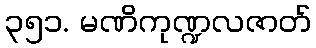
၃၅၁. မဏိကုဏ္ဍလဇာတ်